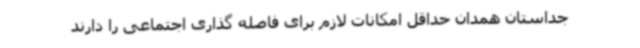
جداستان همدان حداقل امکانات لازم برای فاصله گذاری اجتماعی را دارند